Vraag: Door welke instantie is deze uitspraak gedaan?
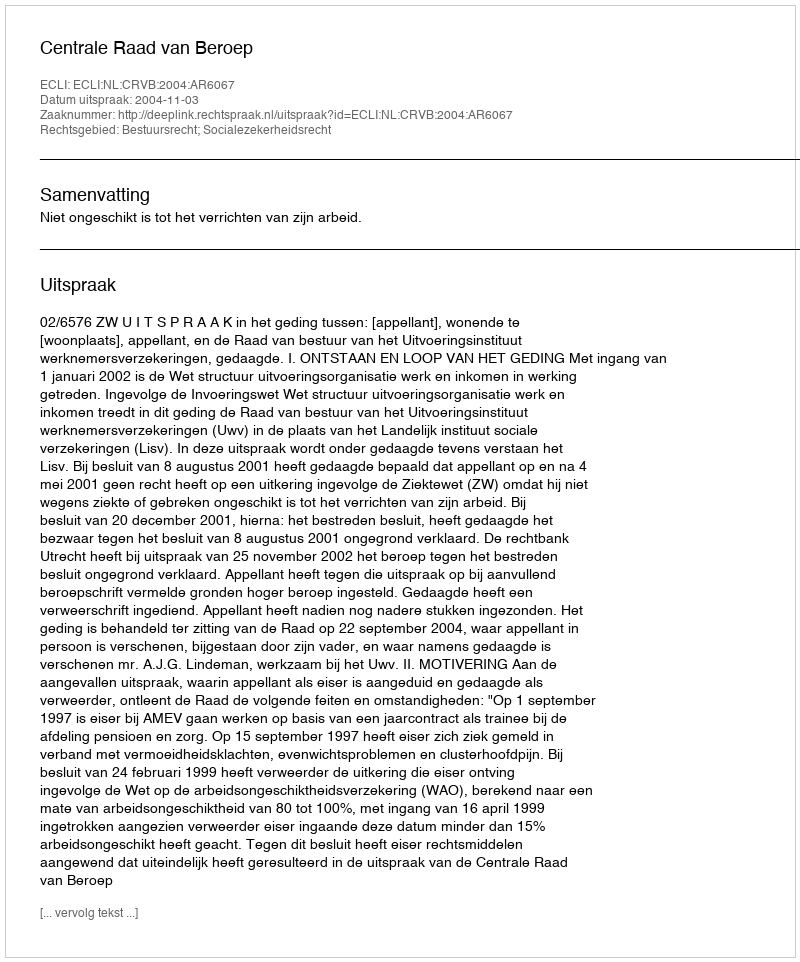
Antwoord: Centrale Raad van Beroep